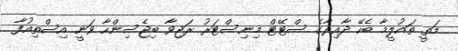
މަތީ ތައުލީމާ ބެހޭ ދާއިރާގެ ސްޓޭޓް މިނިސްޓަރު ރަޖިވާ ބިޖެސިންހާ ވަނީ އިސްތިއުފާ